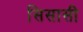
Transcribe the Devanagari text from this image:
सिसासी